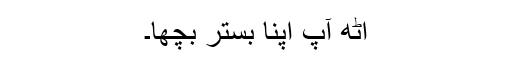
اُٹھ آپ اپنا بِستر بِچھا۔